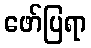
ဖော်ပြရာ